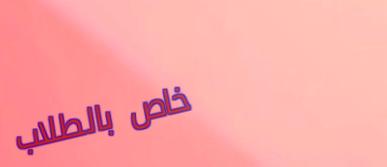
خاص بالطلاب